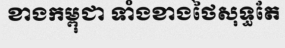
ខាងកម្ពុជា ទាំងខាងថៃសុទ្ធតែ